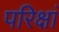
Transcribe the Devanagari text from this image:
परिक्षां